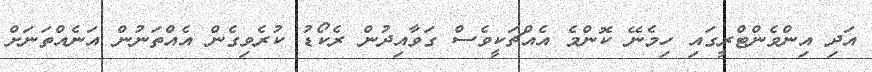
އަދި އިންވެންޓްރީގައި ހިމެނޭ ކޮންމެ އެއްޗަކީވެސް ގަވާއިދުން ރެކޯޑު ކުރެވިގެން އެއްތަނުން އަނެއްތަނަށް